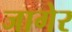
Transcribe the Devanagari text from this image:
जागेर